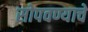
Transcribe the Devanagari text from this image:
सोपवण्याचे